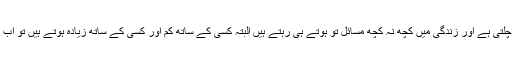
زندگی کی گاڑی مَسائل کے پہیّوں پر ہی چلتی ہے اور زندگی میں کچھ نہ کچھ مَسائل تو ہوتے ہی رہتے ہیں البتہ کسی کے ساتھ کم اور کسی کے ساتھ زیادہ ہوتے ہیں تو اب اِن مَسائل کو اپنی قسمت پر نہ ڈالا جائے ۔